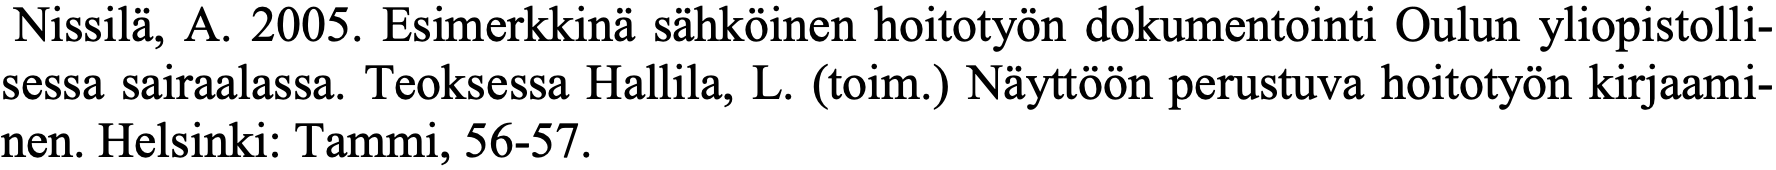
Nissilä, A. 2005. Esimerkkinä sähköinen hoitotyön dokumentointi Oulun yliopistolli- sessa sairaalassa. Teoksessa Hallila, L. (toim.) Näyttöön perustuva hoitotyön kirjaami- nen. Helsinki: Tammi, 56-57.